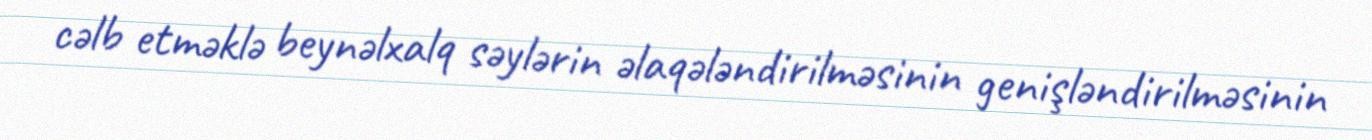
cəlb etməklə beynəlxalq səylərin əlaqələndirilməsinin genişləndirilməsinin